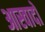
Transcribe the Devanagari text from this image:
आस्वादों